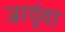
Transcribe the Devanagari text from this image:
जादूंचा